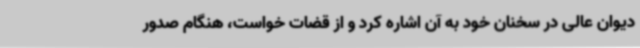
دیوان عالی در سخنان خود به آن اشاره کرد و از قضات خواست، هنگام صدور